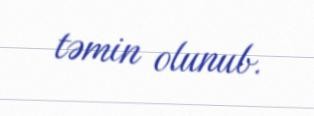
təmin olunub.